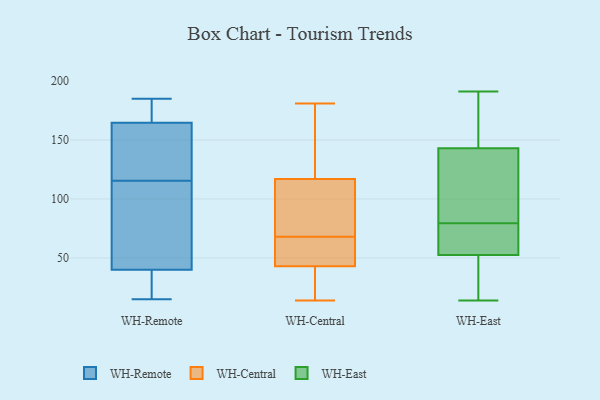
{"axis": {"x": "Temperature (°C)", "y": "Value"}, "legend": ["WH-Central", "WH-East", "WH-Remote"], "data": [{"x": "", "y": 165, "type": "WH-Remote"}, {"x": "", "y": 164, "type": "WH-Remote"}, {"x": "", "y": 15, "type": "WH-Remote"}, {"x": "", "y": 185, "type": "WH-Remote"}, {"x": "", "y": 181, "type": "WH-Remote"}, {"x": "", "y": 136, "type": "WH-Remote"}, {"x": "", "y": 79, "type": "WH-Remote"}, {"x": "", "y": 120, "type": "WH-Remote"}, {"x": "", "y": 23, "type": "WH-Remote"}, {"x": "", "y": 43, "type": "WH-Remote"}, {"x": "", "y": 37, "type": "WH-Remote"}, {"x": "", "y": 111, "type": "WH-Remote"}, {"x": "", "y": 113, "type": "WH-Central"}, {"x": "", "y": 33, "type": "WH-Central"}, {"x": "", "y": 24, "type": "WH-Central"}, {"x": "", "y": 181, "type": "WH-Central"}, {"x": "", "y": 61, "type": "WH-Central"}, {"x": "", "y": 121, "type": "WH-Central"}, {"x": "", "y": 50, "type": "WH-Central"}, {"x": "", "y": 39, "type": "WH-Central"}, {"x": "", "y": 48, "type": "WH-Central"}, {"x": "", "y": 14, "type": "WH-Central"}, {"x": "", "y": 132, "type": "WH-Central"}, {"x": "", "y": 98, "type": "WH-Central"}, {"x": "", "y": 130, "type": "WH-Central"}, {"x": "", "y": 47, "type": "WH-Central"}, {"x": "", "y": 75, "type": "WH-Central"}, {"x": "", "y": 110, "type": "WH-Central"}, {"x": "", "y": 171, "type": "WH-East"}, {"x": "", "y": 55, "type": "WH-East"}, {"x": "", "y": 71, "type": "WH-East"}, {"x": "", "y": 108, "type": "WH-East"}, {"x": "", "y": 97, "type": "WH-East"}, {"x": "", "y": 40, "type": "WH-East"}, {"x": "", "y": 127, "type": "WH-East"}, {"x": "", "y": 167, "type": "WH-East"}, {"x": "", "y": 86, "type": "WH-East"}, {"x": "", "y": 191, "type": "WH-East"}, {"x": "", "y": 43, "type": "WH-East"}, {"x": "", "y": 14, "type": "WH-East"}, {"x": "", "y": 50, "type": "WH-East"}, {"x": "", "y": 159, "type": "WH-East"}, {"x": "", "y": 73, "type": "WH-East"}, {"x": "", "y": 59, "type": "WH-East"}]}